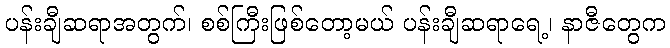
ပန်းချီဆရာအတွက်၊ စစ်ကြီးဖြစ်တော့မယ် ပန်းချီဆရာရေ့၊ နာဇီတွေက